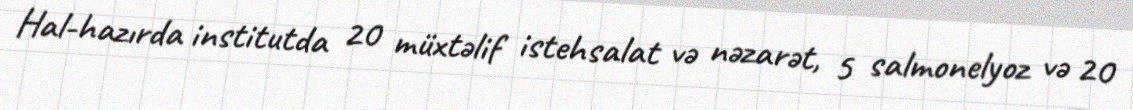
Hal-hazırda institutda 20 müxtəlif istehsalat və nəzarət, 5 salmonelyoz və 20